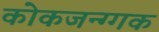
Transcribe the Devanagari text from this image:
कोकजन्ग्गक